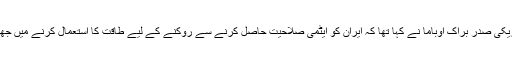
اس سے قبل امریکی صدر براک اوباما نے کہا تھا کہ ایران کو ایٹمی صلاحیت حاصل کرنے سے روکنے کے لیے طاقت کا استعمال کرنے میں جھجکیں گے نہیں۔